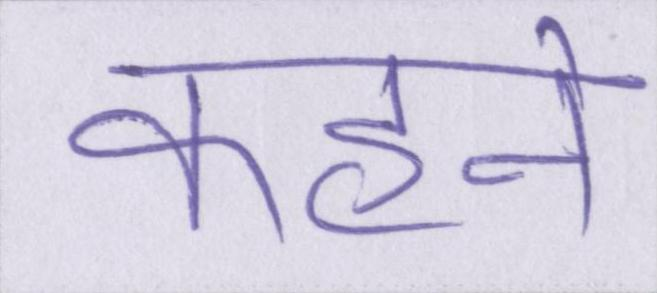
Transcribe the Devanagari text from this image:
कहने